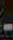
-